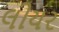
લીયર